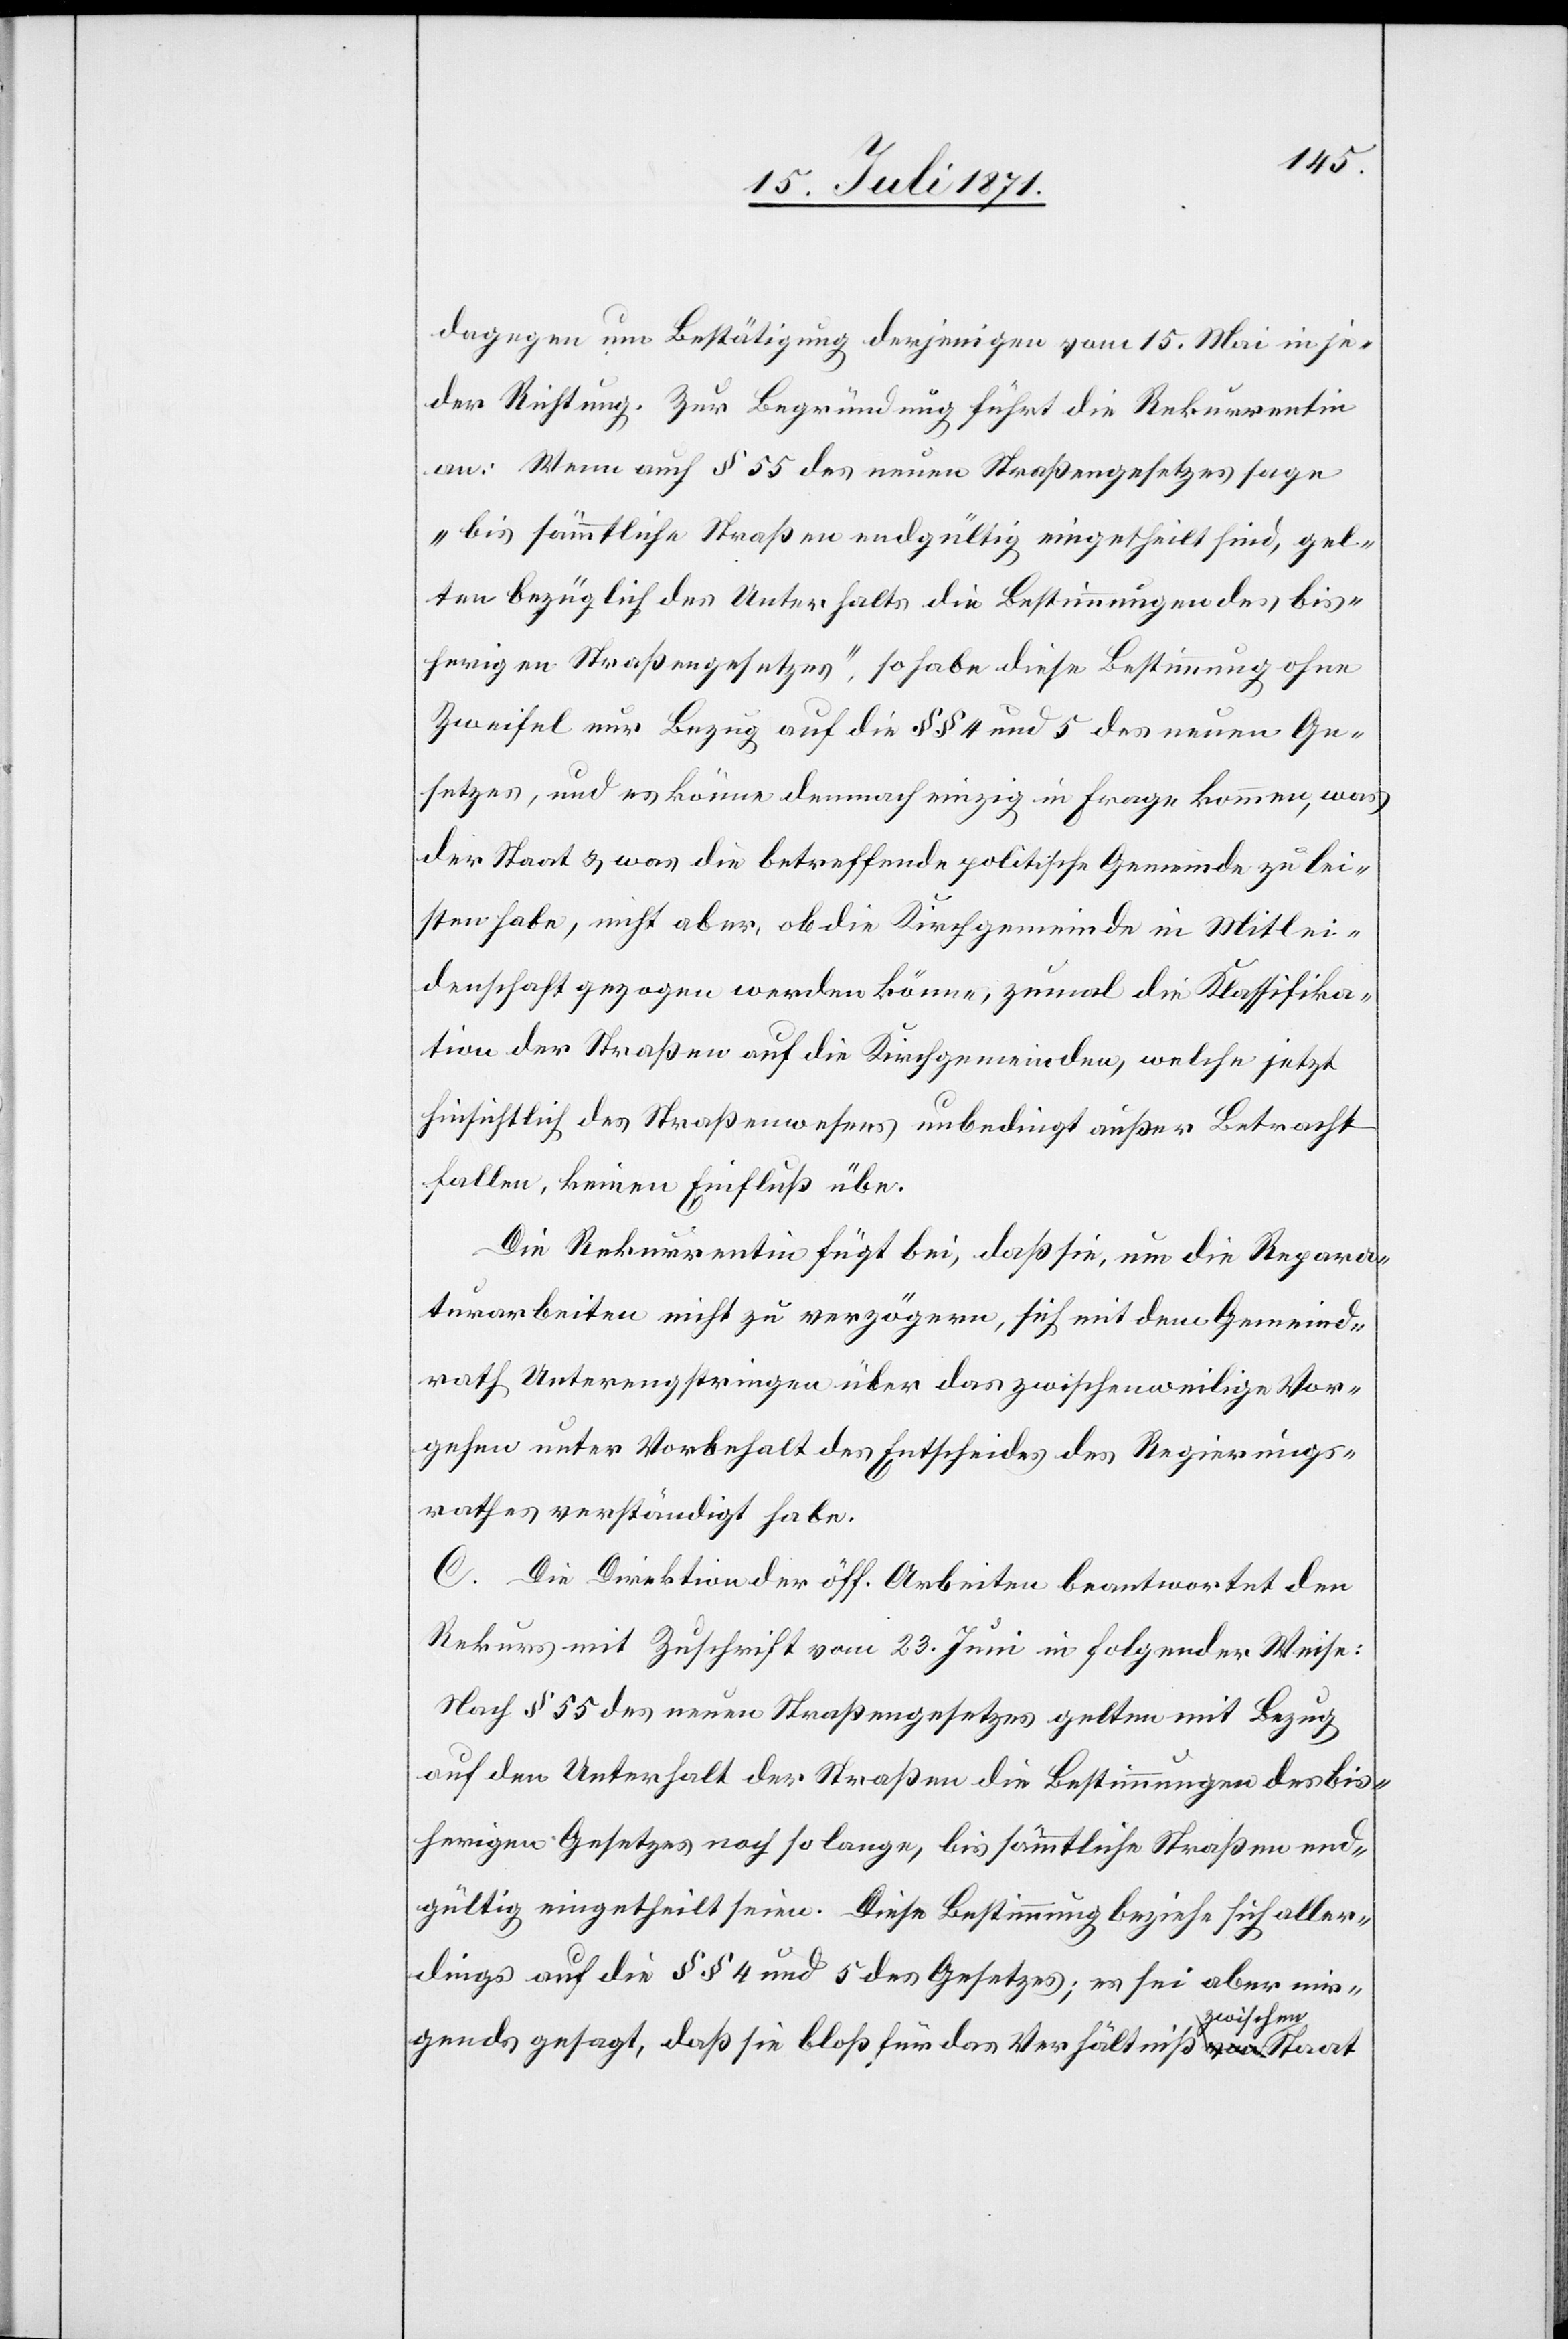
dagegen um Bestätigung derjenigen vom 15. Mai in je¬
der Richtung. Zur Begründung führt die Rekurrentin
an: Wenn auch § 55 des neuen Straßengesetzes sage
„bis sämmtliche Straßen endgültig eingetheilt sind, gel¬
ten bezüglich des Unterhalts die Bestimmungen des bis¬
herigen Straßengesetzes“, so habe diese Bestimmung ohne
Zweifel nur Bezug auf die §§ 4 und 5 des neuen Ge¬
setzes, und es könne demnach einzig in Frage kommen, was
der Staat u. was die betreffende politische Gemeinde zu lei¬
sten habe, nicht aber, ob die Kirchgemeinde in Mitlei¬
denschaft gezogen werden könne, zumal die Klassifika¬
tion der Straßen auf die Kirchgemeinden, welche jetzt
hinsichtlich des Straßenwesens unbedingt außer Betracht
fallen, keinen Einfluß übe.
Die Rekurrentin fügt bei, daß sie, um die Repara¬
turarbeiten nicht zu verzögern, sich mit dem Gemeind¬
rath Unterengstringen über das zwischenweilige Vor¬
gehen unter Vorbehalt des Entscheides des Regierungs¬
rathes verständigt habe.
C. Die Direktion der öff. Arbeiten beantwortet den
Rekurs mit Zuschrift vom 23. Juni in folgender Weise:
Nach § 55 des neuen Straßengesetzes gelten mit Bezug
auf den Unterhalt der Straßen die Bestimmungen des bis¬
herigen Gesetzes noch so lange, bis sämmtliche Straßen end¬
gültig eingetheilt seien. Diese Bestimmung beziehe sich aller¬
dings auf die §§ 4 und 5 des Gesetzes; es sei aber nir¬
gends gesagt, daß sie bloß für das Verhältniß zwischen Staat